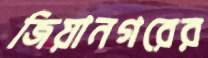
জিয়ানগরের